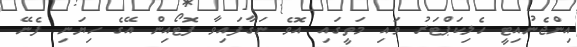
އިންޖެނުއިޓީ ހެލިކަޕްޓަރު ވައި މަތީގައި އޮވެ ނަގާފައިވާ ފޮޓޯއިން އޭގެ ހިޔަނި ފެނޭ